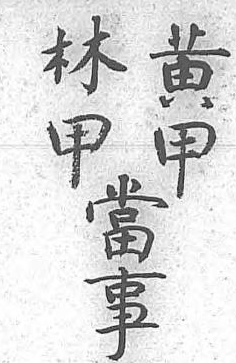
林黄當甲甲事